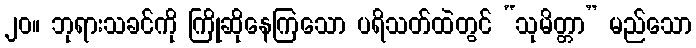
၂၀။ ဘုရားသခင်ကို ကြိုဆိုနေကြသော ပရိသတ်ထဲတွင် “သုမိတ္တာ” မည်သော